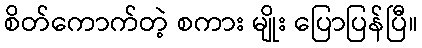
စိတ်ကောက်တဲ့ စကား မျိုး ပြောပြန်ပြီ။